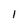
Character: 1